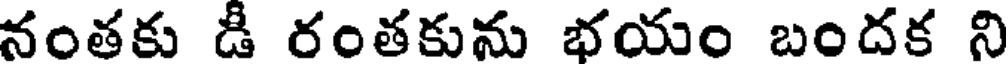
నంతకు డీ రంతకును భయం బందక ని